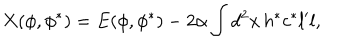
X ( \phi , \phi ^ { \ast } ) = E ( \phi , \phi ^ { \ast } ) - 2 \alpha \int d ^ { 2 } x \, h ^ { \ast } c ^ { \ast } l ^ { \prime } l ,